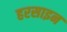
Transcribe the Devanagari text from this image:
हरसाइन